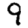
Digit: 9